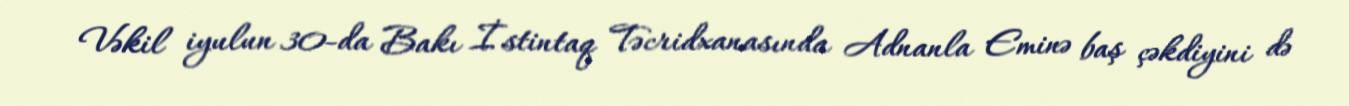
Vəkil iyulun 30-da Bakı İstintaq Təcridxanasında Adnanla Eminə baş çəkdiyini də